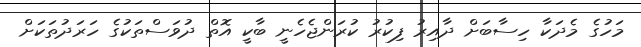
މަހުގެ މެދަކާ ހިސާބަށް ދާއިރު ފިކުރު ކުރަންޖެހެނީ ބާކީ އޮތް ދުވަސްތަކުގެ ހަރަދުތަކަށް